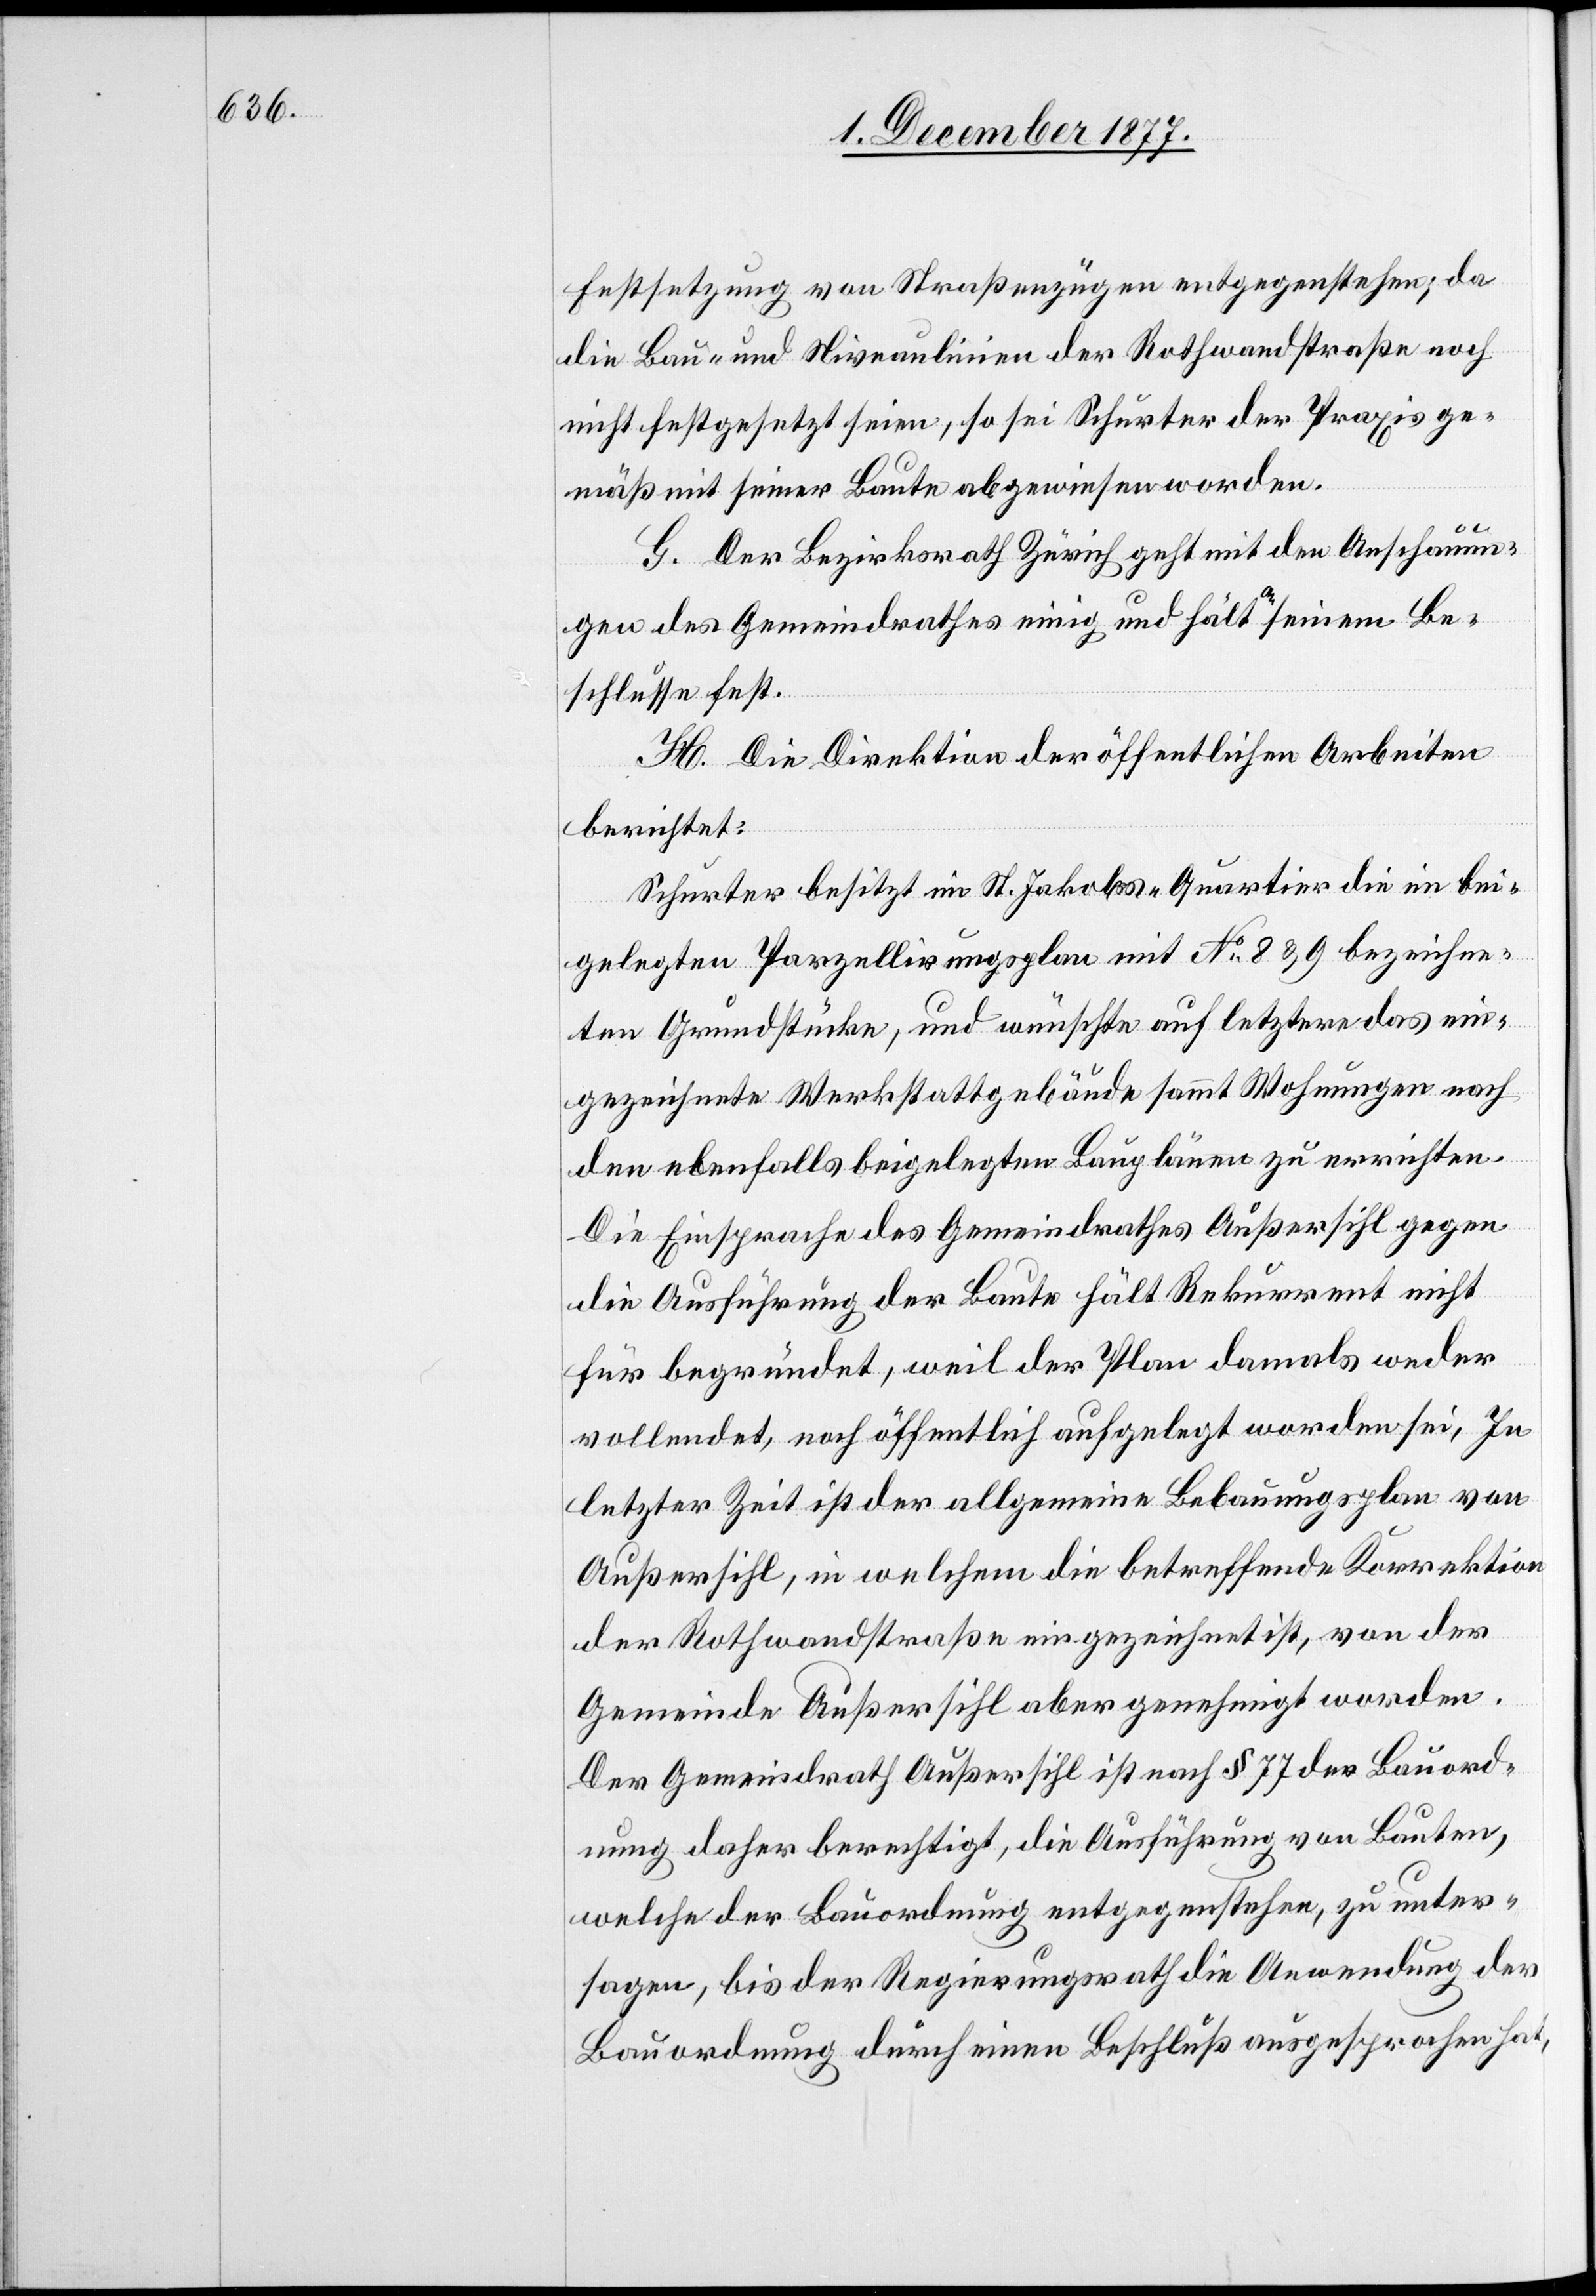
Festsetzung von Straßenzügen entgegenstehen; da
die Bau- und Niveaulinien der Rothwandstraße noch
nicht festgesetzt seien, so sei Schurter der Praxis ge¬
mäß mit seiner Baute abgewiesen worden.
G. Der Bezirksrath Zürich geht mit den Anschauun¬
gen des Gemeindrathes einig und hält an seinem Be¬
schlusse fest.
H. Die Direktion der öffentlichen Arbeiten
berichtet:
Schurter besitzt im St. Jakobs-Quartier die im bei¬
gelegten Parzellirungsplan mit No 8 & 9 bezeichne¬
ten Grundstücke, und wünschte auf letztere das ein¬
gezeichnete Werkstattgebäude sammt Wohnungen nach
den ebenfalls beigelegten Bauplänen zu errichten.
Die Einsprache des Gemeindrathes Außersihl gegen
die Ausführung der Baute hält Rekurrent nicht
für begründet, weil der Plan damals weder
vollendet, noch öffentlich aufgelegt worden sei. In
letzter Zeit ist der allgemeine Bebauungsplan von
Außersihl, in welchem die betreffende Korrektion
der Rothwandstraße eingezeichnet ist, von der
Gemeinde Außersihl aber genehmigt worden.
Der Gemeindrath Außersihl ist nach § 77 der Bauord¬
nung daher berechtigt, die Ausführung von Bauten,
welche der Bauordnung entgegenstehen, zu unter¬
sagen, bis der Regierungsrath die Anwendung der
Bauordnung durch einen Beschluß ausgesprochen hat,